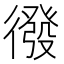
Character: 𭜄